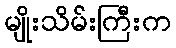
မျိုးသိမ်းကြီးက